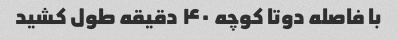
با فاصله دوتا کوچه ۴۰ دقیقه طول کشید